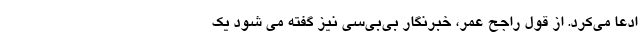
ادعا می‌کرد. از قول راجح عمر، خبرنگار بی‌بی‌سی نیز گفته می شود یک